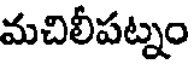
మచిలీపట్నం